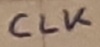
Text: CLK